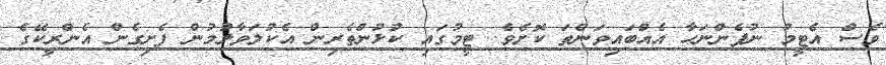
ވެސް އެޓީމު ނުފެންނަހާ އެއްބައިވަންތަ ކޮށެވެ. ޓީމުގައި ކުޅުންތެރިން އެކުލަވާލުމުން ފެށިގެން އެންރީކޭގެ